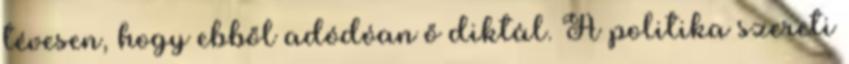
tévesen, hogy ebből adódóan ő diktál. A politika szereti